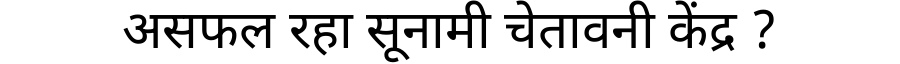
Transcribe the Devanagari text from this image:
असफल रहा सूनामी चेतावनी केंद्र ?